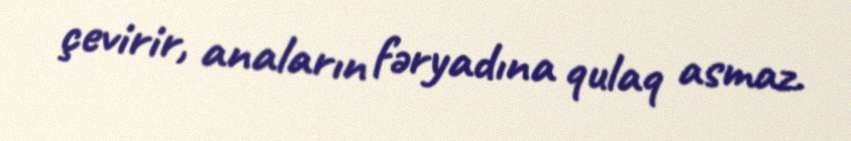
çevirir, anaların fəryadına qulaq asmaz.